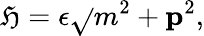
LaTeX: \mathfrak{H}=\epsilon\sqrt{}{{m^{2}+{\mathbf{p}}^{2}}},